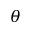
\theta